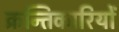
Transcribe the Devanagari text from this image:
क्रन्तिकारियों